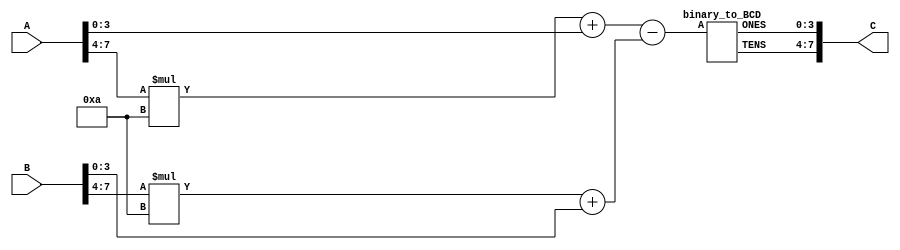
`timescale 1ns / 1ps
//////////////////////////////////////////////////////////////////////////////////
// Company:
// Engineer:
//
// Design Name:
// Module Name:    BCDsub
// Project Name:
// Target Devices:
// Tool versions:
// Description:
//
// Dependencies:
//
// Revision:
// Revision 0.01 - File Created
// Additional Comments:
//
//////////////////////////////////////////////////////////////////////////////////
module BCDsub(
	output wire [7:0] C,        //Retorna el resultado de la resta en dos digitos BCD
	input wire [7:0] A, B      //Recibe dos numeros de dos digitos BCD, desde 0 hasta 99
   );

	wire [7:0] A_Bin = A[7:4]*(4'b1010) + A[3:0];  //Convierte los nmeros de BCD a binario
	wire [7:0] B_Bin = B[7:4]*(4'b1010) + B[3:0];
	wire [7:0] C_Bin = A_Bin - B_Bin;   //Y realiza la resta

	wire [3:0] D,U; //Decenas y unidades del resutlado

	binary_to_BCD BCD(C_Bin,U,D);   //Luego convierte el resultado de binario a BCD nuevamente

	assign C = {D,U};   //Y retorna el valor BCD en la salida

endmodule

module binary_to_BCD(A,ONES,TENS);
	input [7:0] A;
	output [3:0] ONES, TENS;
	wire [3:0] c1,c2,c3,c4,c5,c6,c7;
	wire [3:0] d1,d2,d3,d4,d5,d6,d7;
	assign d1 = {1'b0,A[7:5]};
	assign d2 = {c1[2:0],A[4]};
	assign d3 = {c2[2:0],A[3]};
	assign d4 = {c3[2:0],A[2]};
	assign d5 = {c4[2:0],A[1]};
	assign d6 = {1'b0,c1[3],c2[3],c3[3]};
	assign d7 = {c6[2:0],c4[3]};
	add3 m1(d1,c1);
	add3 m2(d2,c2);
	add3 m3(d3,c3);
	add3 m4(d4,c4);
	add3 m5(d5,c5);
	add3 m6(d6,c6);
	add3 m7(d7,c7);
	assign ONES = {c5[2:0],A[0]};
	assign TENS = {c7[2:0],c5[3]};
endmodule

module add3(in,out);
input [3:0] in;
output [3:0] out;
reg [3:0] out;
always @ (in)
        case (in)
        4'b0000: out <= 4'b0000;
        4'b0001: out <= 4'b0001;
        4'b0010: out <= 4'b0010;
        4'b0011: out <= 4'b0011;
        4'b0100: out <= 4'b0100;
        4'b0101: out <= 4'b1000;
        4'b0110: out <= 4'b1001;
        4'b0111: out <= 4'b1010;
        4'b1000: out <= 4'b1011;
        4'b1001: out <= 4'b1100;
        default: out <= 4'b0000;
        endcase
endmodule